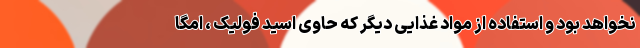
نخواهد بود و استفاده از مواد غذایی دیگر که حاوی اسید فولیک ، امگا